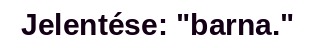
Jelentése: "barna."